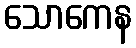
သောကေန